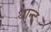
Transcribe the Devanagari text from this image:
थान्ट